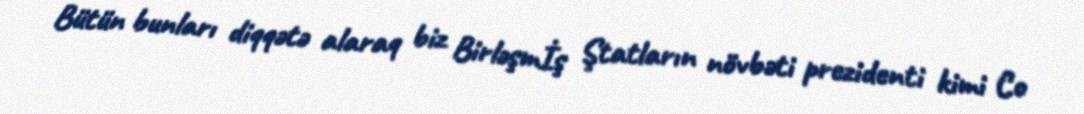
Bütün bunları diqqətə alaraq biz Birləşmİş Ştatların növbəti prezidenti kimi Co